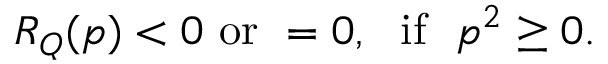
R _ { Q } ( p ) < 0 \ \mathrm { o r } \ = 0 , \ \ \mathrm { i f } \ \ p ^ { 2 } \geq 0 .